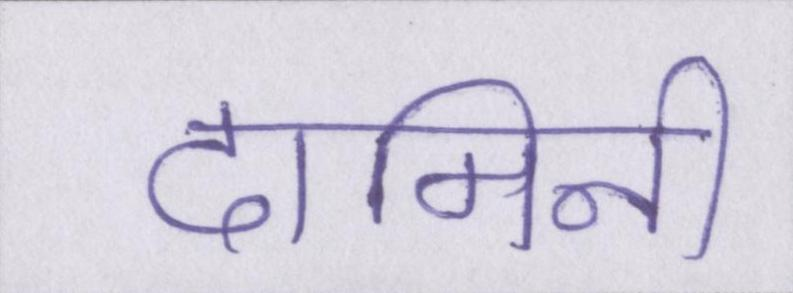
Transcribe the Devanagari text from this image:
दामिनी